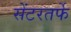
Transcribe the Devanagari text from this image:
सेंटरतर्फे